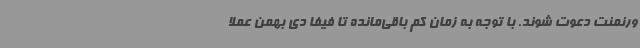
ورنمنت دعوت شوند. با توجه به زمان کم باقی‌مانده تا فیفا دی بهمن عملا